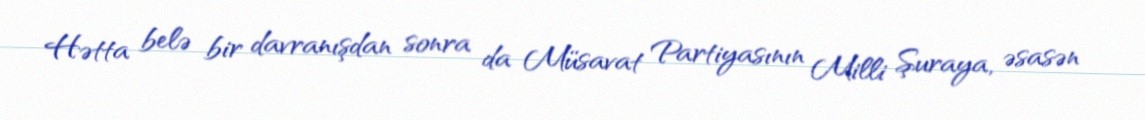
Hətta belə bir davranışdan sonra da Müsavat Partiyasının Milli Şuraya, əsasən